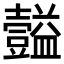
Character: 𪤴